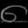
Digit: ၈